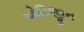
ઓરિજીન